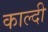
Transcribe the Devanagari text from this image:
काल्दी